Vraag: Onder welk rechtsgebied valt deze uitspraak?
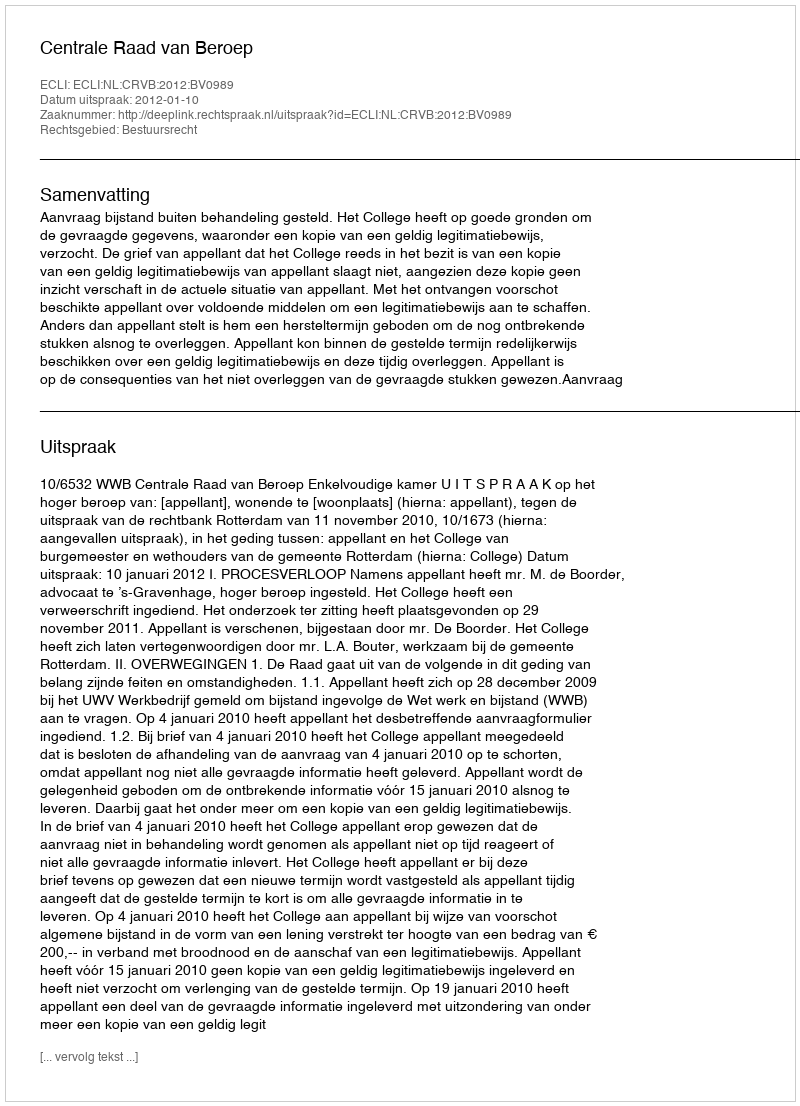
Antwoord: Bestuursrecht